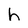
Character: h